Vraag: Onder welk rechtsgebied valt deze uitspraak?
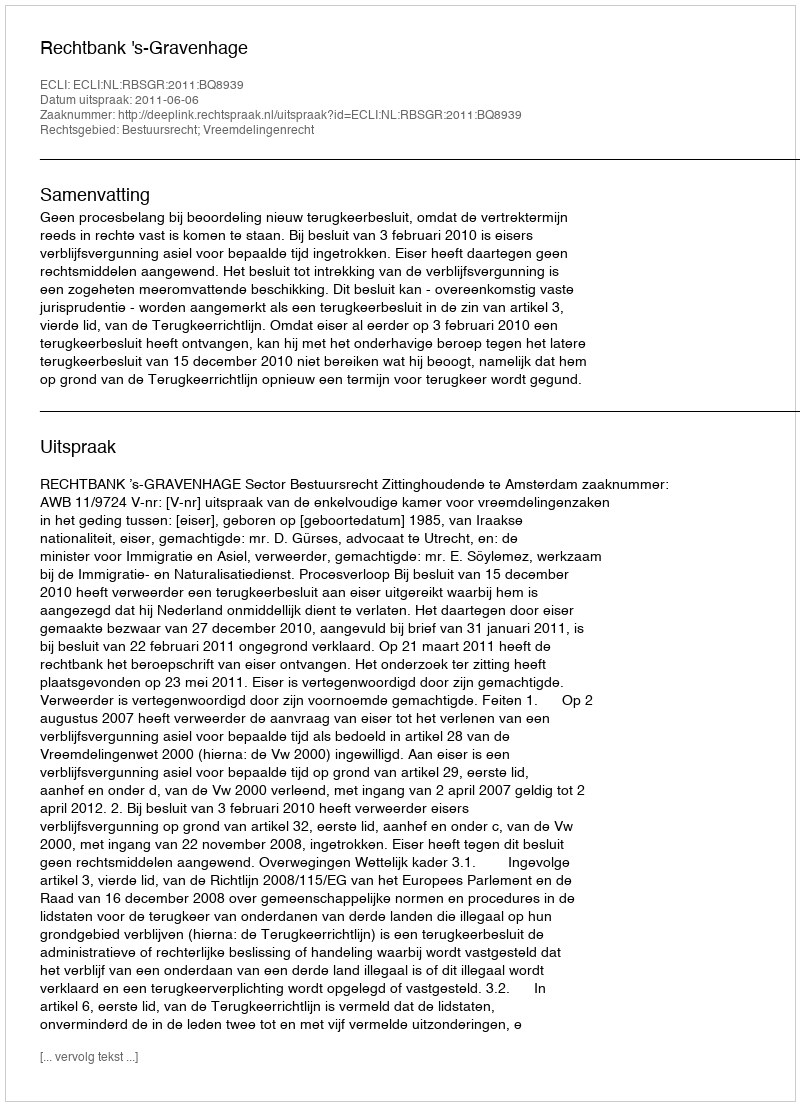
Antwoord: Bestuursrecht; Vreemdelingenrecht